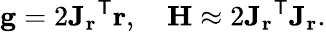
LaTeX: \mathbf{g}=2{\mathbf{J}_{\mathbf{r}}}^{\mathsf{T}}\mathbf{r},\quad\mathbf{H}\approx 2{\mathbf{J}_{\mathbf{r}}}^{\mathsf{T}}\mathbf{J_{r}}.